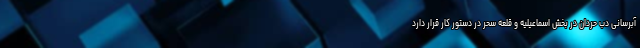
آبرسانی دب حردان در بخش اسماعیلیه و قلعه سحر در دستور کار قرار دارد